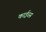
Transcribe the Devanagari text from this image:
काईरस